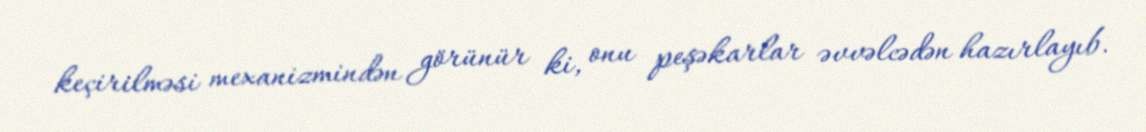
keçirilməsi mexanizmindən görünür ki, onu peşəkarlar əvvəlcədən hazırlayıb.